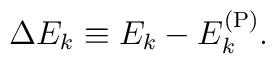
\Delta E_k \equiv E_k - E^{(\rm P)}_k.